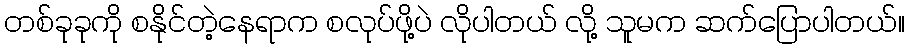
တစ်ခုခုကို စနိုင်တဲ့နေရာက စလုပ်ဖို့ပဲ လိုပါတယ် လို့ သူမက ဆက်ပြောပါတယ်။